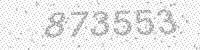
Solution: 873553